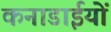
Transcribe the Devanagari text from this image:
कनाडाईयों